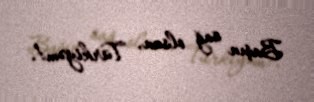
Başın sağ olsun, Türkiyəm!.